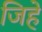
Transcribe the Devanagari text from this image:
जिहे